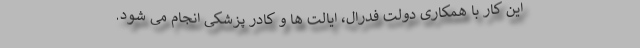
این کار با همکاری دولت فدرال، ایالت ها و کادر پزشکی انجام می شود.